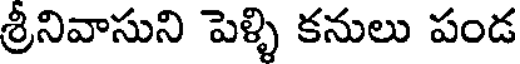
శ్రీనివాసుని పెళ్ళి కనులు పండ